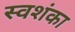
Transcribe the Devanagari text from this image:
स्वशंका